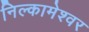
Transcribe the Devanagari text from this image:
निल्कामेश्वर